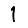
Digit: 1